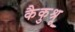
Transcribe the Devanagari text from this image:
कैकुश्रू